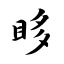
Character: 眵